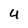
Character: 4